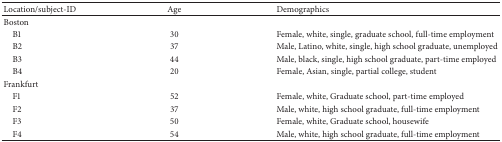
<table><thead><tr><td><b>Location/subject-ID</b></td><td><b>Age</b></td><td><b>Demographics</b></td></tr></thead><tbody><tr><td>Boston</td><td> </td><td> </td></tr><tr><td> B1</td><td>30</td><td>Female, white, single, graduate school, full-time employment</td></tr><tr><td> B2</td><td>37</td><td>Male, Latino, white, single, high school graduate, unemployed</td></tr><tr><td> B3</td><td>44</td><td>Male, black, single, high school graduate, part-time employed</td></tr><tr><td> B4</td><td>20</td><td>Female, Asian, single, partial college, student </td></tr><tr><td>Frankfurt</td><td> </td><td> </td></tr><tr><td> F1</td><td>52</td><td>Female, white, Graduate school, part-time employed</td></tr><tr><td> F2</td><td>37</td><td>Male, white, high school graduate, full-time employment</td></tr><tr><td> F3</td><td>50</td><td>Female, white, Graduate school, housewife</td></tr><tr><td> F4</td><td>54</td><td>Male, white, high school graduate, full-time employment</td></tr></tbody></table>